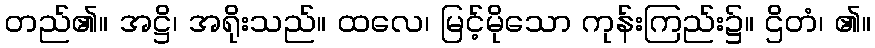
တည်၏။ အဋ္ဌိ၊ အရိုးသည်။ ထလေ၊ မြင့်မိုသော ကုန်းကြည်း၌။ ဌိတံ၊ ၏။